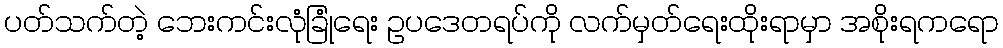
ပတ်သက်တဲ့ ဘေးကင်းလုံခြုံရေး ဥပဒေတရပ်ကို လက်မှတ်ရေးထိုးရာမှာ အစိုးရကရော